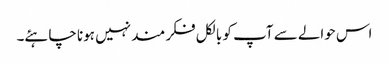
اس حوالے سے آپ کو بالکل فکر مند نہیں ہونا چاہئے۔